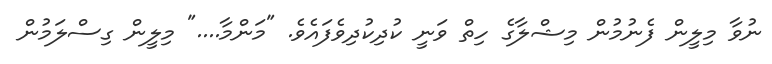
ނުވާ މިލީން ފެނުމުން މިޝްލާގެ ހިތް ވަނީ ކުދިކުދިވެފައެވެ. "މަންމާ...." މިލީން ގިސްލަމުން